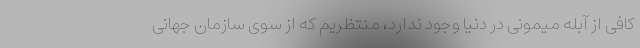
کافی از آبله میمونی در دنیا وجود ندارد، منتظریم که از سوی سازمان جهانی